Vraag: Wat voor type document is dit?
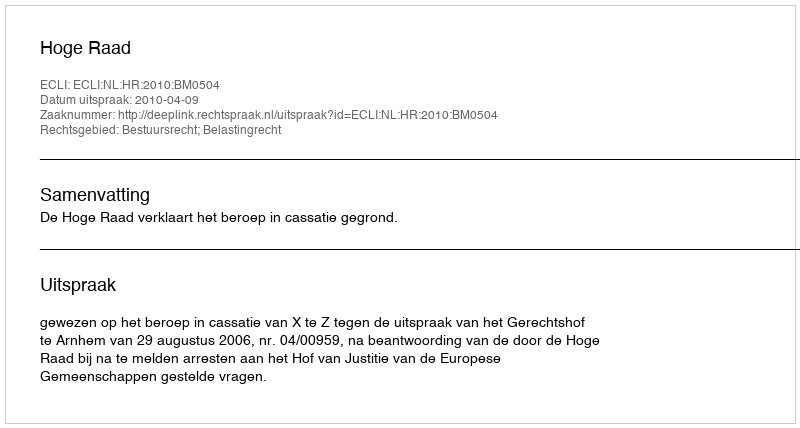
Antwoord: Uitspraak